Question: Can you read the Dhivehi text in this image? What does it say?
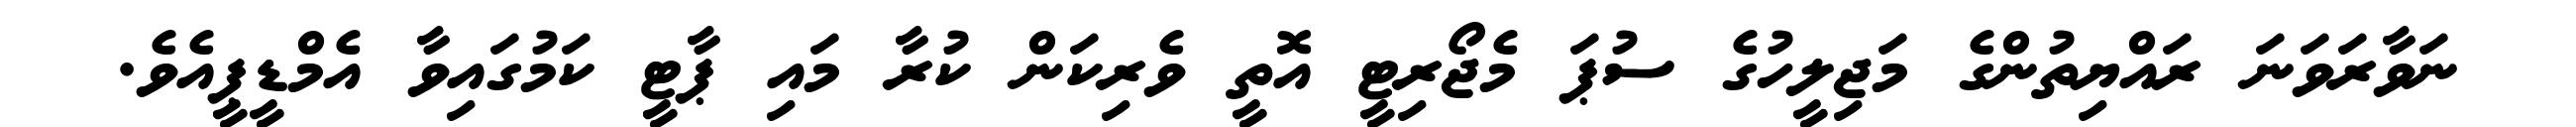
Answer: ނަވާރަވަނަ ރައްޔިތުންގެ މަޖިލީހުގެ ސުޕަ މެޖޯރިޓީ އޮތީ ވެރިކަން ކުރާ މައި ޕާޓީ ކަމުގައިވާ އެމްޑީޕީއެވެ.